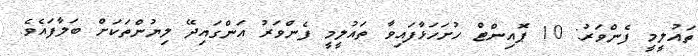
ތައުލީމީ ފެންވަރު: 10 ޕޮއިންޓްް ހުށަހަޅާފައިވާ ތައުލީމީ ފެންވަރު އަންގައިދޭ ލިޔުންތަކަށް ބަލާފައެވެ.